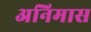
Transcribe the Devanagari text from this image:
अनिमास